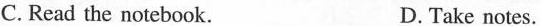
C.Read the notebook.D.Take notes.